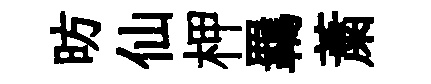
昉仙柙羈䔥